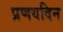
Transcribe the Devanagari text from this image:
प्रणयदिन